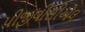
પીજીવીસીએલ